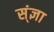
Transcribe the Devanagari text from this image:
स्ंज्ञा